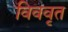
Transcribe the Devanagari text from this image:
विववृत